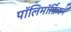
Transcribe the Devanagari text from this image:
पॉलिमॉर्फ़िस्म